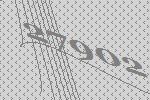
27902